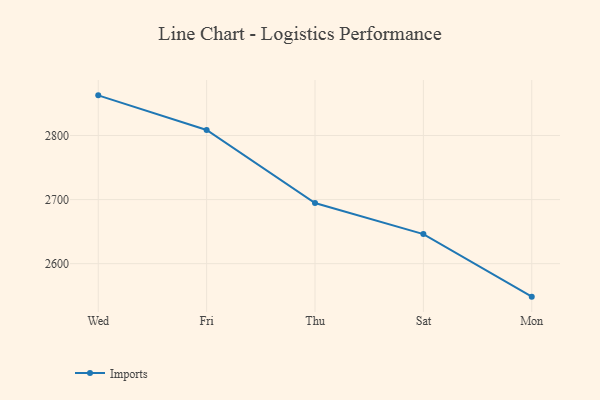
{"axis": {"x": "Day", "y": "Revenue (USD Million)"}, "legend": ["Imports"], "data": [{"x": "Wed", "y": 2862.7, "type": "Imports"}, {"x": "Fri", "y": 2808.6, "type": "Imports"}, {"x": "Thu", "y": 2694.7, "type": "Imports"}, {"x": "Sat", "y": 2646.2, "type": "Imports"}, {"x": "Mon", "y": 2548.5, "type": "Imports"}]}